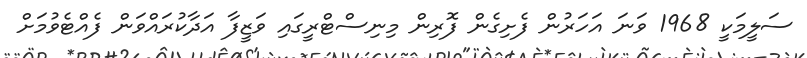
ސަލީމަކީ 1968 ވަނަ އަހަރުން ފެށިގެން ފޮރިން މިނިސްޓްރީގައި ވަޒީފާ އަދާކުރައްވަން ފެއްޓެވުމަށް